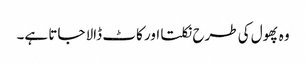
وہ پھول کی طرح نکلتا اور کاٹ ڈالا جاتا ہے۔